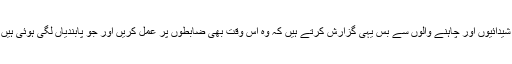
ہم ان کے سبھی شیدائیوں اور چاہنے والوں سے بس یہی گزارش کرتے ہیں کہ وہ اس وقت بھی ضابطوں پر عمل کریں اور جو پابندیاں لگی ہوئی ہیں، انھیں سمجھیں۔